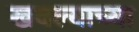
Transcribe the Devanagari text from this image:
खवल्याच्या